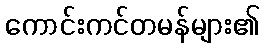
ကောင်းကင်တမန်များ၏